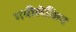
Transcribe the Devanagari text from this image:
गयीलेकिन